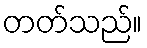
တတ်သည်။